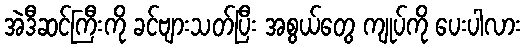
အဲဒီဆင်ကြီးကို ခင်ဗျားသတ်ပြီး အစွယ်တွေ ကျုပ်ကို ပေးပါလား